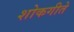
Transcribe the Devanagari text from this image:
शोकगीते